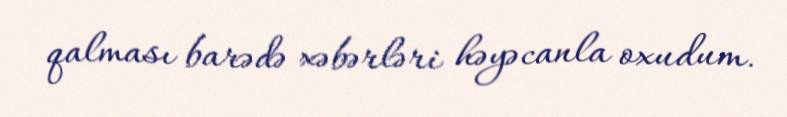
qalması barədə xəbərləri həyəcanla oxudum.